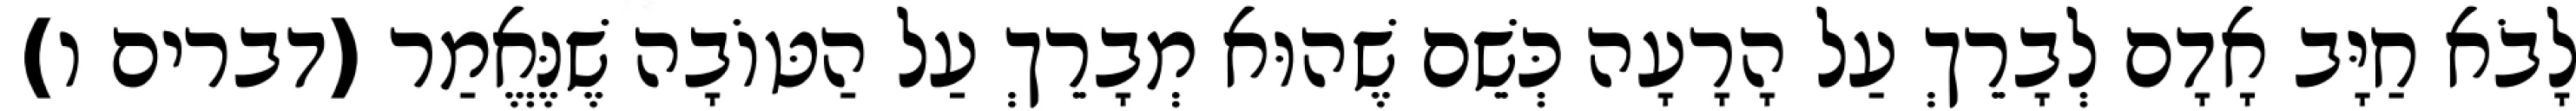
לָבֹא חַיָּב אָדָם לְבָרֵךְ עַל הָרָעָה כְּשֵׁם שֶׁהוּא מְבָרֵךְ עַל הַטּוֹבָה שֶׁנֶּאֱמַר (דברים ו)